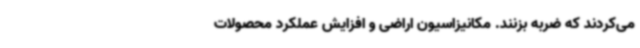
می‌کردند که ضربه بزنند. مکانیزاسیون اراضی و افزایش عملکرد محصولات